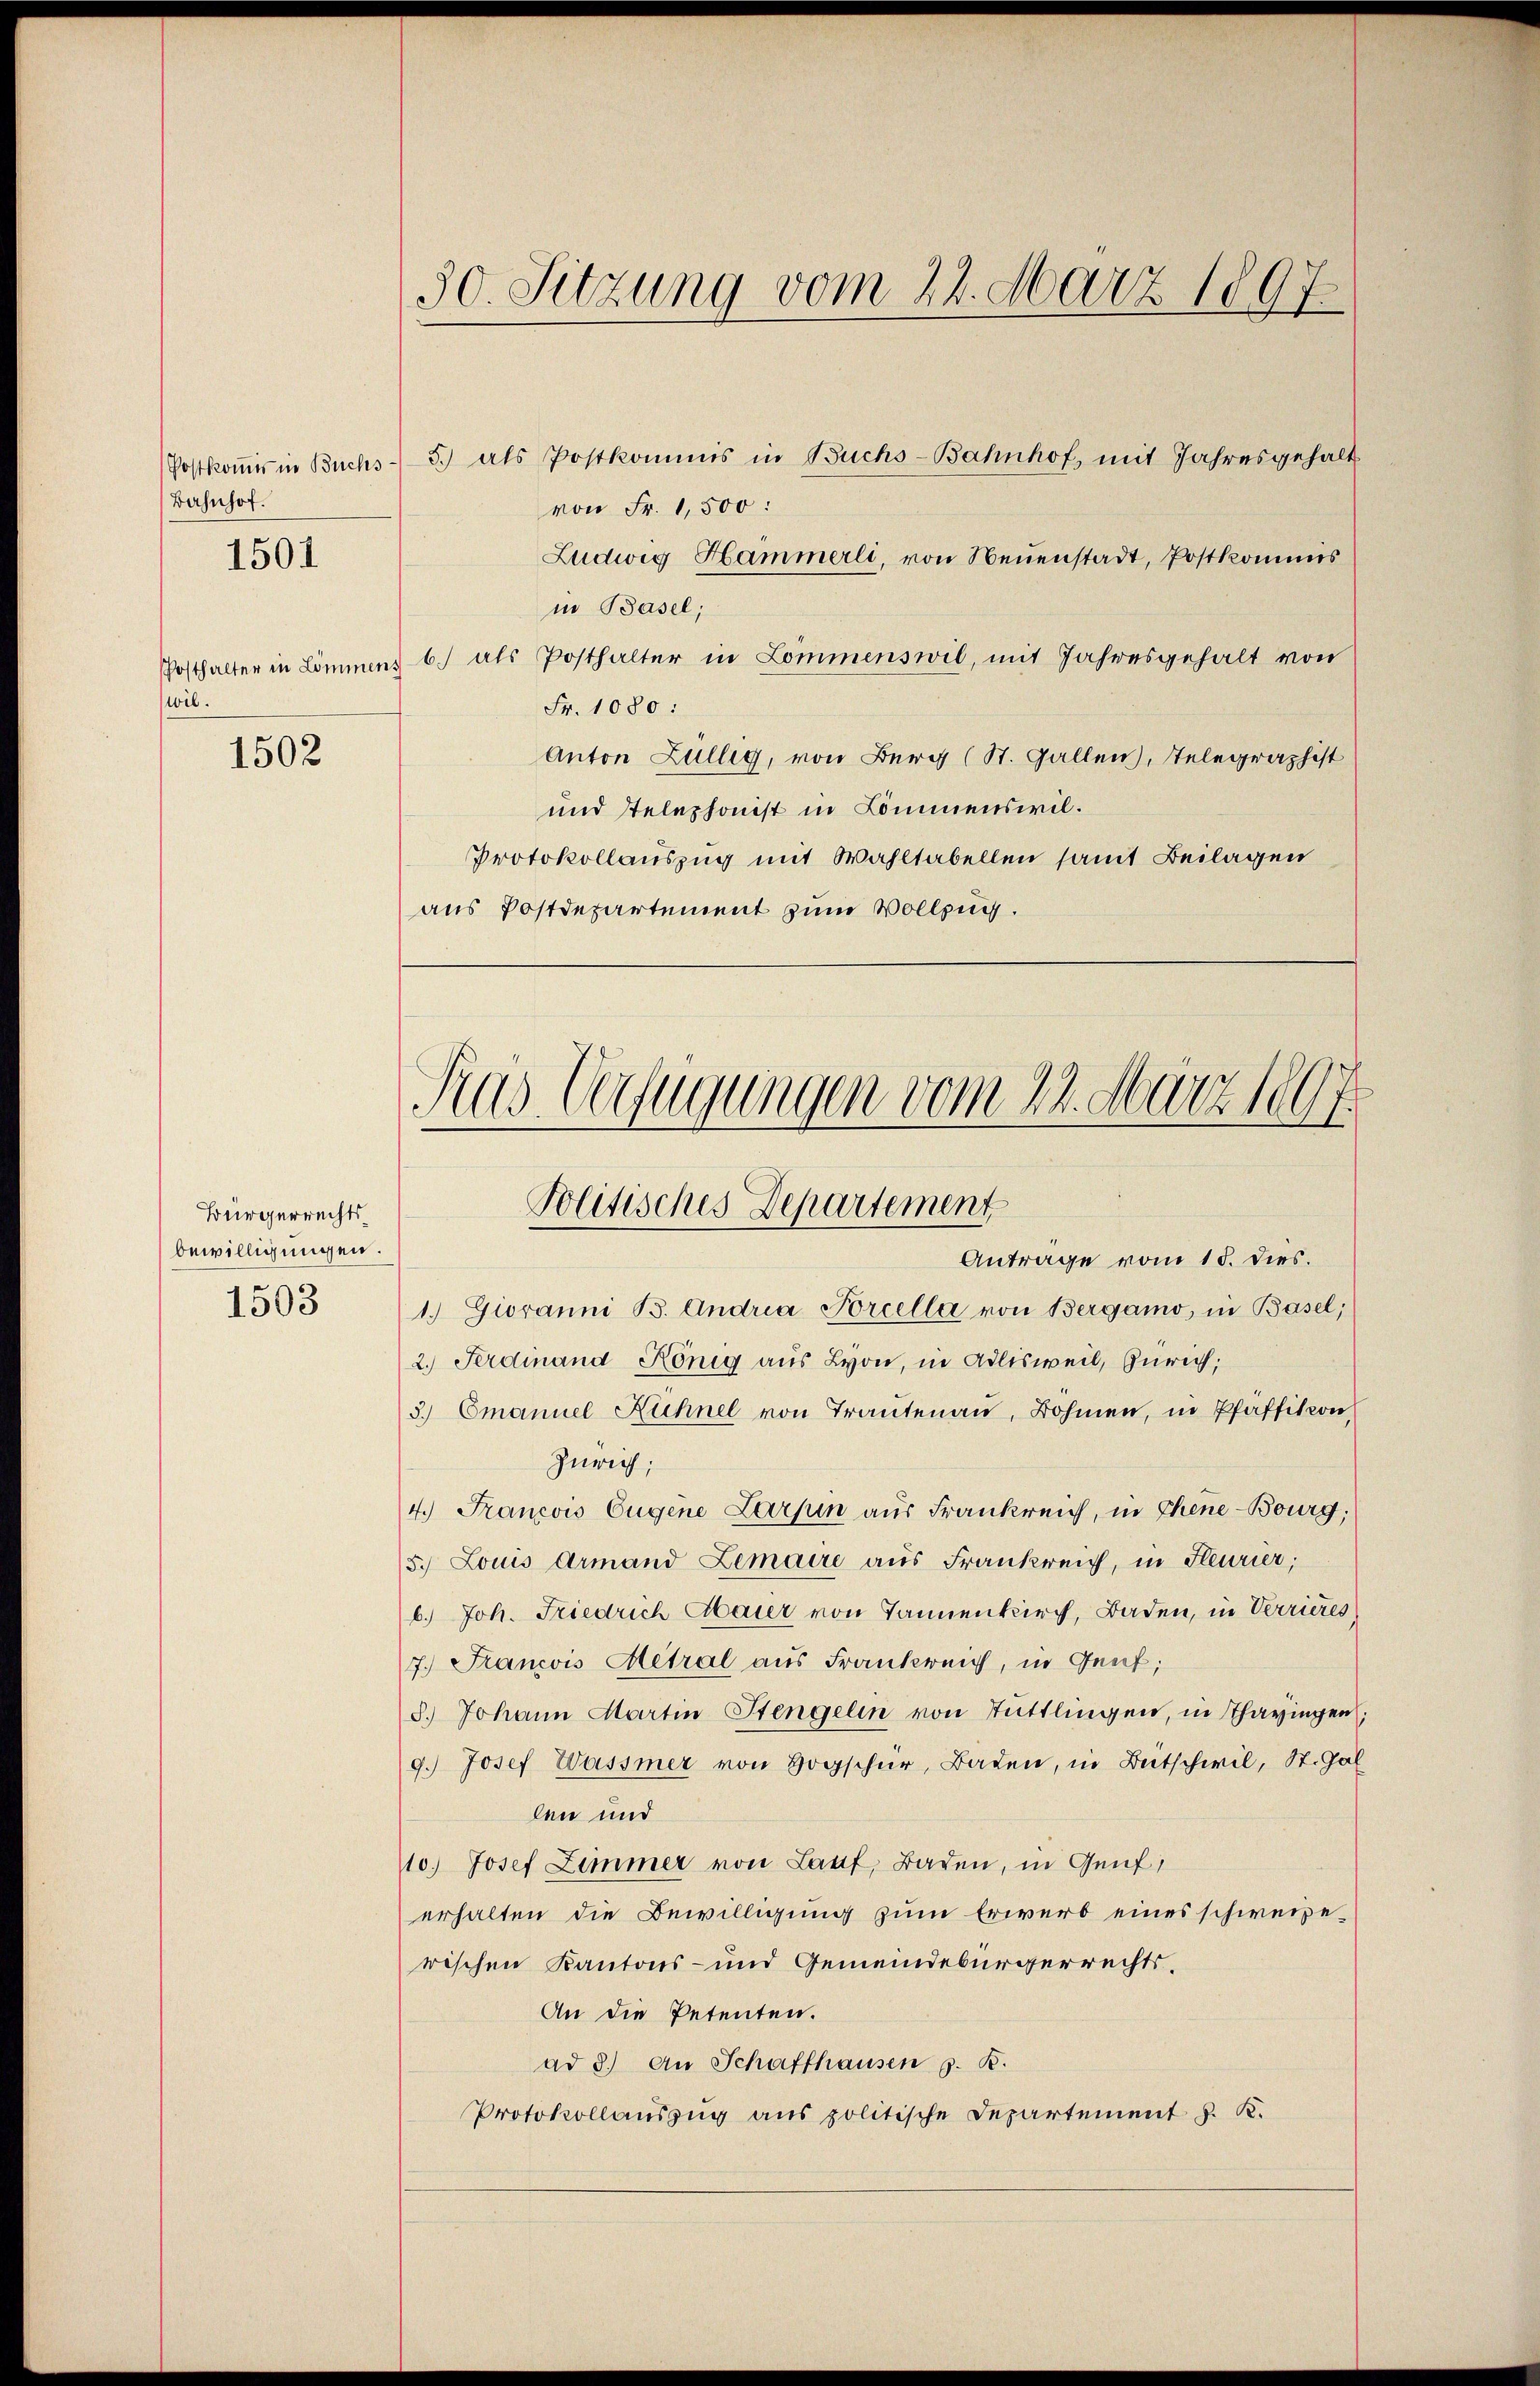
Postkommis in Buchs
Bahnhof.
1501

Posthalter in Lommen
wil.

1502

Bürgerrechtsbewilligungen.
1503

30. Sitzung vom 22. März 1897.

5.) als Postkommis in Buchs-Bahnhof, mit Jahresgehalt
von Fr. 1,500:
Ludwig Hammerli, von Neuenstadt, Postkommis
in Basel;
b.) als Posthalter in Lommenswil, mit Jahresgehalt von
Fr. 1080:
Anton Züllig, von Berg (St. Gallen, Telegraphist
und stelephonst in Kommenswil¬
Protokollauszug mit Wahltabellen samt Beilagen
aus Postdepartement zum Vollzug.

Kas Verfügungen vom 22. März 189.
Politisches Departement

Antrage vom 15. dies.
1. Giovanni B. Andria Porcella von Bergamo in Basel;
2.) Ferdinand König aus Lyon, in Adlisweil, Zürich;
3.) Emanuel Hühnel von Trantenau, Bohmen, in Pfäffikon,
Zürich;
4.) Francois Eugene Larpin aus Frankreich, in Chene Bourg,
5. Louis Armand Zemaire aus Frankreich, in Feurier,
b.) Joh. Friedrich Maier von Tannendurch, Baden, in Verrieres
7.) Francois Metral aus Frankreich, in Genf;
8.) Johann Martin Stengelin von Tuttlingen, in Pharingen
9.) Josef Wassmer von Hogschur, Baden, in Bütschwil, St. Gal
len und
110.) Josef Zimmer von Lauf, Baden, in Genf,
erhalten die Bewilligung zum Erwerb eines schweizerischen Kantons- und Gemeindebürgerrechts¬
An die Petenten.
ad 8.) An Schaffhausen z. B.
Protokollauszug aus politische Departement J. K.